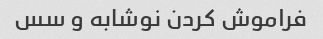
فراموش کردن نوشابه و سس